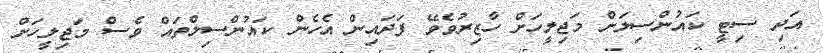
އަދި ސިޓީ ކައުންސިލަށް މަޖިލީހަށް ހާޒިރުވެވޭ ފަދައިން އެހެން ކައުންސިލްތައް ވެސް މަޖިލީހަށް